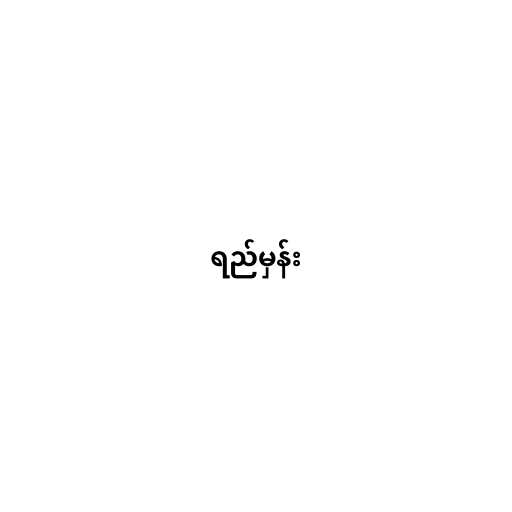
ရည်မှန်း